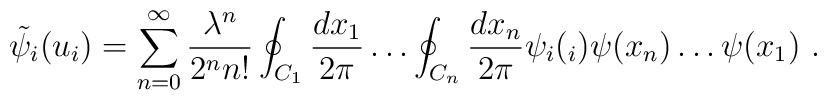
\tilde{\psi}_i(u_i)=\sum_{n=0}^{\infty}\frac{\lambda^n}{2^n n!}\oint_{C_1} \frac{dx_1}{2\pi }\dots \oint_{C_n}\frac{dx_n}{2\pi}\psi_i(_i)\psi(x_n)\dots \psi(x_1) \ .